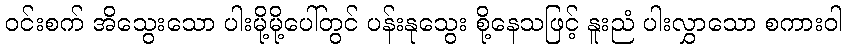
ဝင်းစက် အိသွေးသော ပါးမို့မို့ပေါ်တွင် ပန်းနုသွေး စို့နေသဖြင့် နူးညံ ပါးလွှာသော စကားဝါ